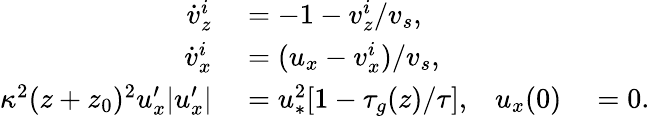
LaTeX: \begin{array}{rlrl}{\dot{v}_{z}^{i}}&{{}=-1-v_{z}^{i}/v_{s},}\\ {\dot{v}_{x}^{i}}&{{}=(u_{x}-v_{x}^{i})/v_{s},}\\ {\kappa^{2}(z+z_{0})^{2}u_{x}^{\prime}|u_{x}^{\prime}|}&{{}=u_{\ast}^{2}[1-\tau_{g}(z)/\tau],}&{u_{x}(0)}&{{}=0.}\end{array}